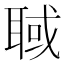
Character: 聝